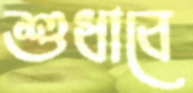
শুধাবে